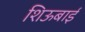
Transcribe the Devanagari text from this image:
शिऊबाई